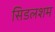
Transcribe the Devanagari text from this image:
सिडलशम